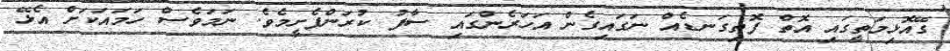
ގޭއޮޅިމަތީގައި އޮތް ފޮތިގަނޑެއް ނަގައިގެން އަހަރެންގައި ސާފު ކުރަންފެށީމެވެ. ނަމަވެސް ހަމައަކަށް އެޅޭ